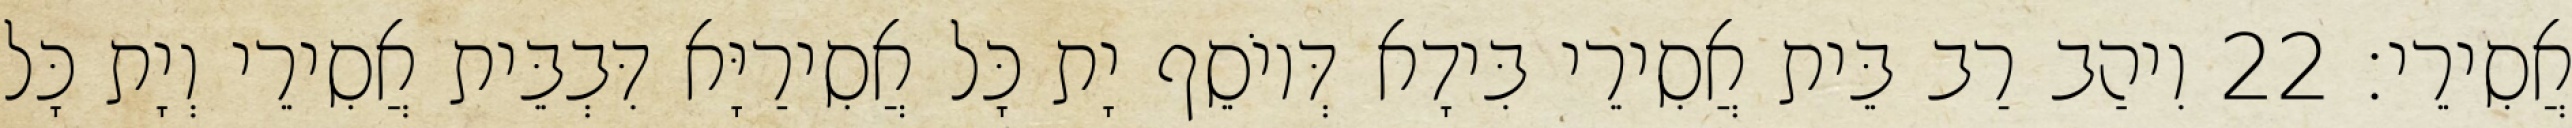
אֲסִירֵי׃ 22 וִיהַב רַב בֵּית אֲסִירֵי בִּידָא דְּיוֹסֵף יָת כָּל אֲסִירַיָּא דִּבְבֵּית אֲסִירֵי וְיָת כָּל